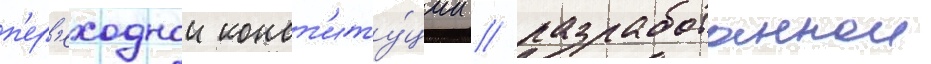
п'ер'еходнои конст'иту́ции / разработаннои